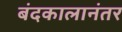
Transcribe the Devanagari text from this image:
बंदकालानंतर